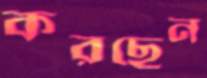
করছেন